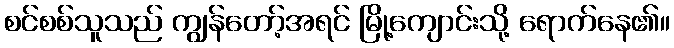
စင်စစ်သူသည် ကျွန်တော့်အရင် မြို့ကျောင်းသို့ ရောက်နေ၏။